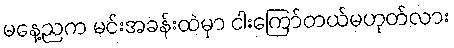
မနေ့ညက မင်းအခန်းထဲမှာ ငါးကြော်တယ်မဟုတ်လား